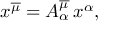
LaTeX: x ^ { \overline { { \mu } } } = A _ { \alpha } ^ { \overline { { \mu } } } \, x ^ { \alpha } ,